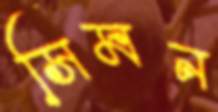
সিমন